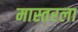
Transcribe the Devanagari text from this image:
मास्तरला